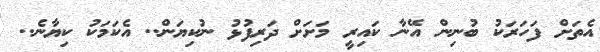
އެތަށް ފަހަރަކު ބުނިން އޭނާ ކައިރީ މަށަށް ދަރިފުޅު ނުކިޔަން.. އެކަމަކު ކިޔާނެ..